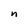
Character: n